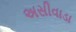
અસીવાડા